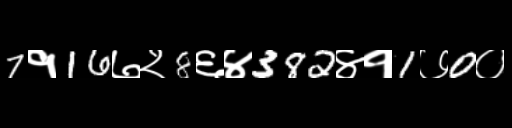
Text: 7१16७२8६४382४१1७0०